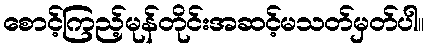
စောင့်ကြည့်မုန်တိုင်းအဆင့်မသတ်မှတ်ပါ။